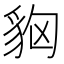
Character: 𧲳